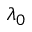
\lambda _ { 0 }